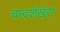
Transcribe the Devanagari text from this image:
चन्द्रशेखरां